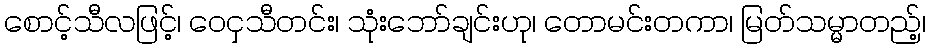
စောင့်သီလဖြင့်၊ ဝေငှသီတင်း၊ သုံးဘော်ချင်းဟု၊ တောမင်းတကာ၊ မြတ်သမ္မာတည့်၊